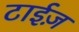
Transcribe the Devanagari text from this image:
टाईज़